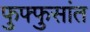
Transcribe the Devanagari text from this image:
फुफ्फुसांत